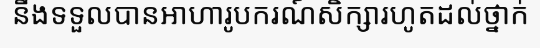
នឹងទទួលបានអាហារូបករណ៍សិក្សារហូតដល់ថ្នាក់